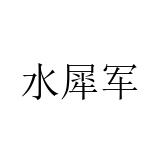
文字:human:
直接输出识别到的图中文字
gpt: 水犀军